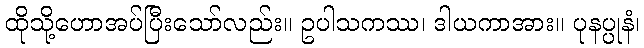
ထိုသို့ဟောအပ်ပြီးသော်လည်း။ ဥပါသကဿ၊ ဒါယကာအား။ ပုနပ္ပုနံ၊